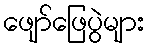
ဖျော်ဖြေပွဲများ